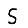
Digit: 5